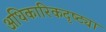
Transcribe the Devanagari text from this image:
अधिकारिकदृष्ट्या